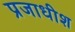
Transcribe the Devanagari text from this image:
प्रजाधीश